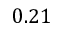
0 . 2 1